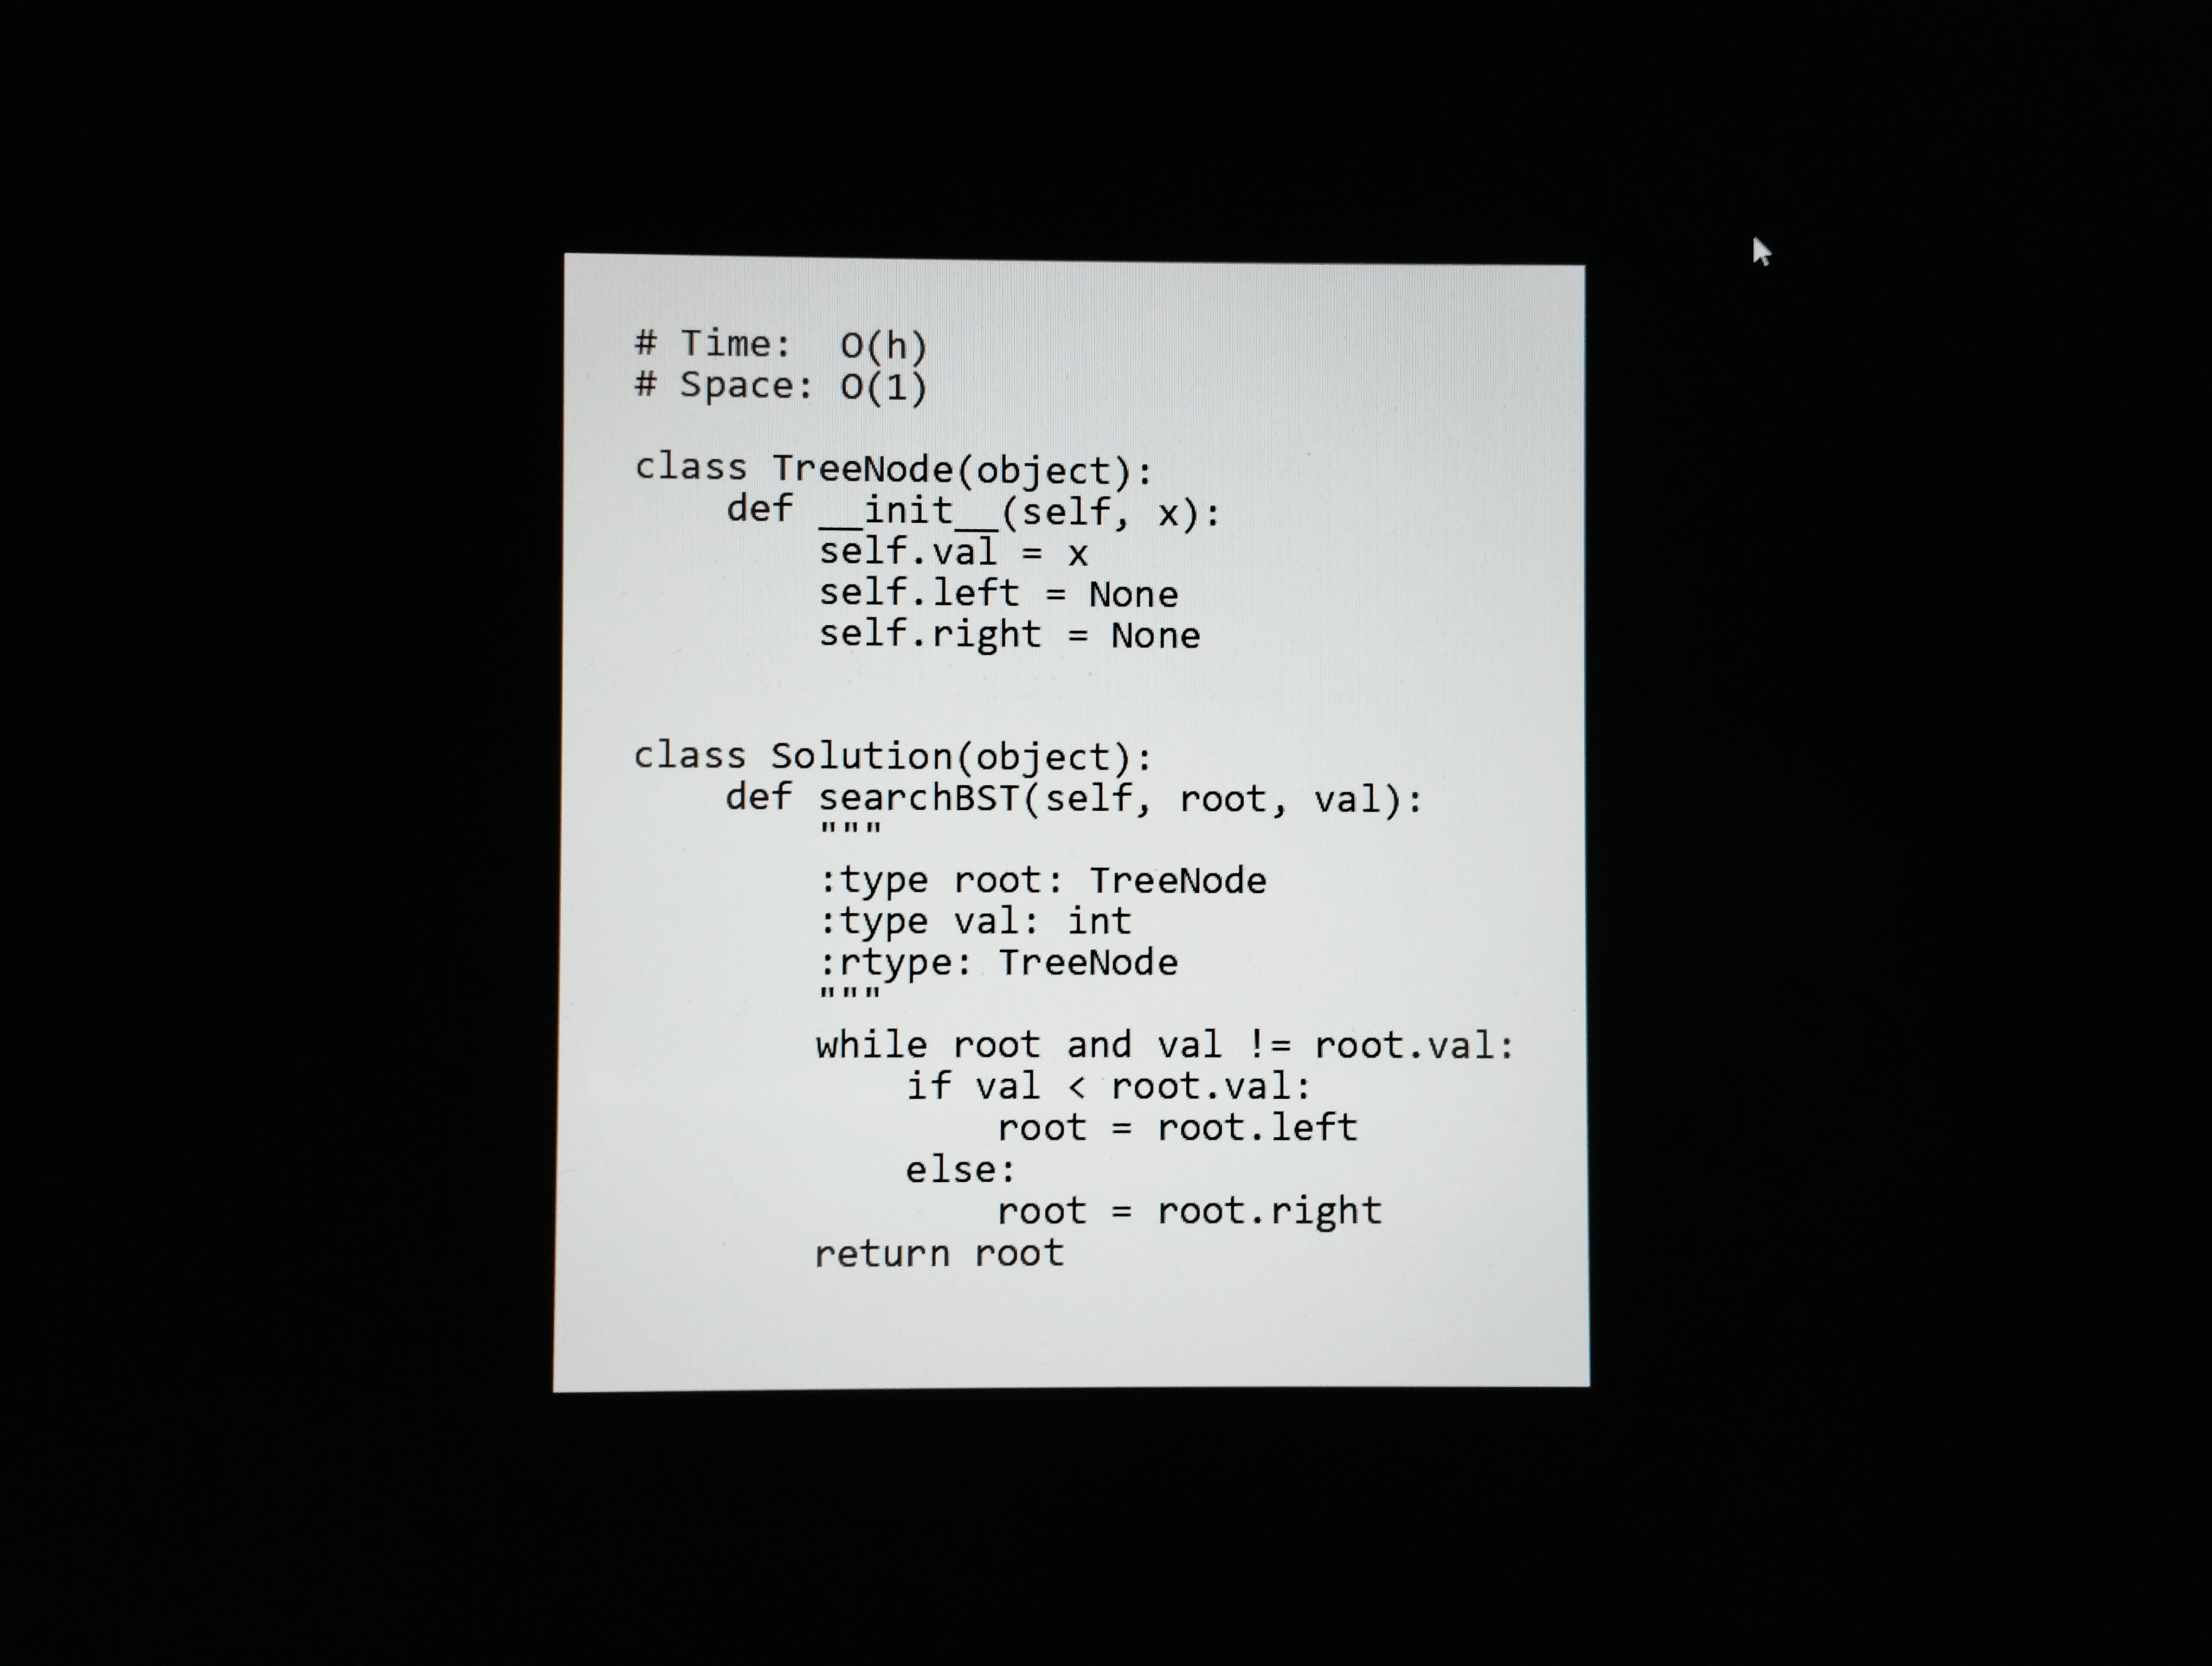
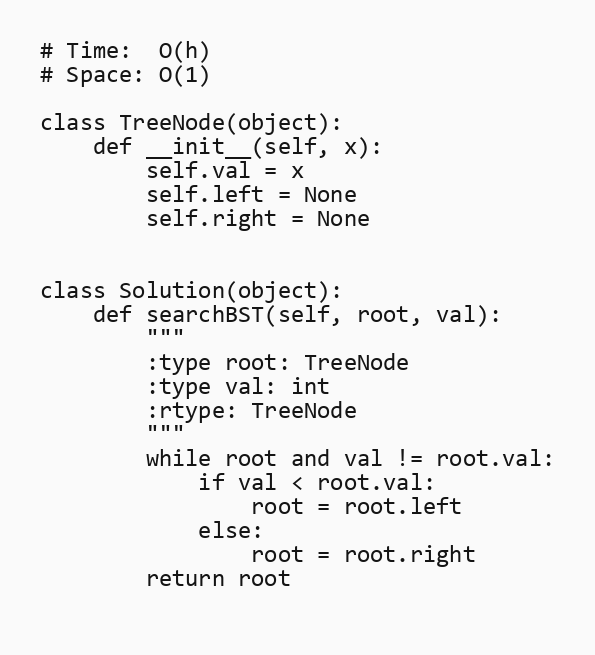
# Time:  O(h)
# Space: O(1)

class TreeNode(object):
    def __init__(self, x):
        self.val = x
        self.left = None
        self.right = None

class Solution(object):
    def searchBST(self, root, val):
        """
        :type root: TreeNode
        :type val: int
        :rtype: TreeNode
        """
        while root and val != root.val:
            if val < root.val:
                root = root.left
            else:
                root = root.right
        return root